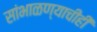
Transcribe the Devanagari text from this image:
सांभाळण्याचीही